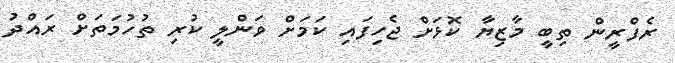
ރެފްރީން ތިބީ މާޒިޔާ ކޮޅަށް ޖެހިފައި ކަމަށް ވަންލީ ކުރި ތުހުމަތަށް ރައްދު